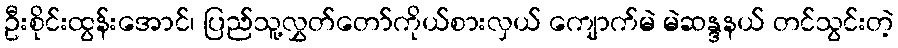
ဦးစိုင်းထွန်းအောင်၊ ပြည်သူ့လွှတ်တော်ကိုယ်စားလှယ် ကျောက်မဲ မဲဆန္ဒနယ် တင်သွင်းတဲ့